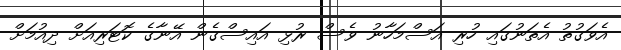
އެވަގުތު އެތަނުގައި ހުރި އަސްމަހާނު ވެސް ރުޅި އައިސްގެން އޭނާގެ ކޮޓަރިއަށް ދިއުމަށް